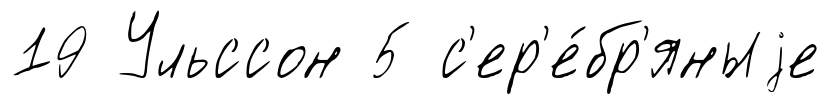
19 Ульссон 5 с'ер'е́бр'яныjе